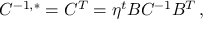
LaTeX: { \cal C } ^ { - 1 , * } = { \cal C } ^ { T } = \eta ^ { t } B { \cal C } ^ { - 1 } B ^ { T } \, ,